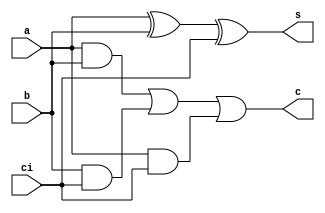
module fulladdr2(input a, input b, input ci, output s, output c);
assign s = (a^b)^ci;
assign c = a&b | b&ci | a&ci;
endmodule